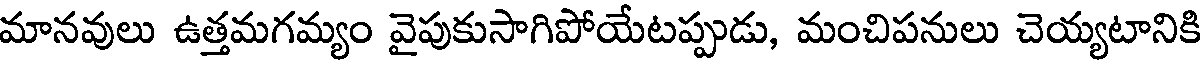
మానవులు ఉత్తమగమ్యం వైపుకుసాగిపోయేటప్పుడు, మంచిపనులు చెయ్యటానికి